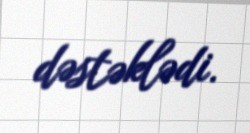
dəstəklədi.